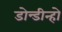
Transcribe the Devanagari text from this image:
डोन्डीन्हो